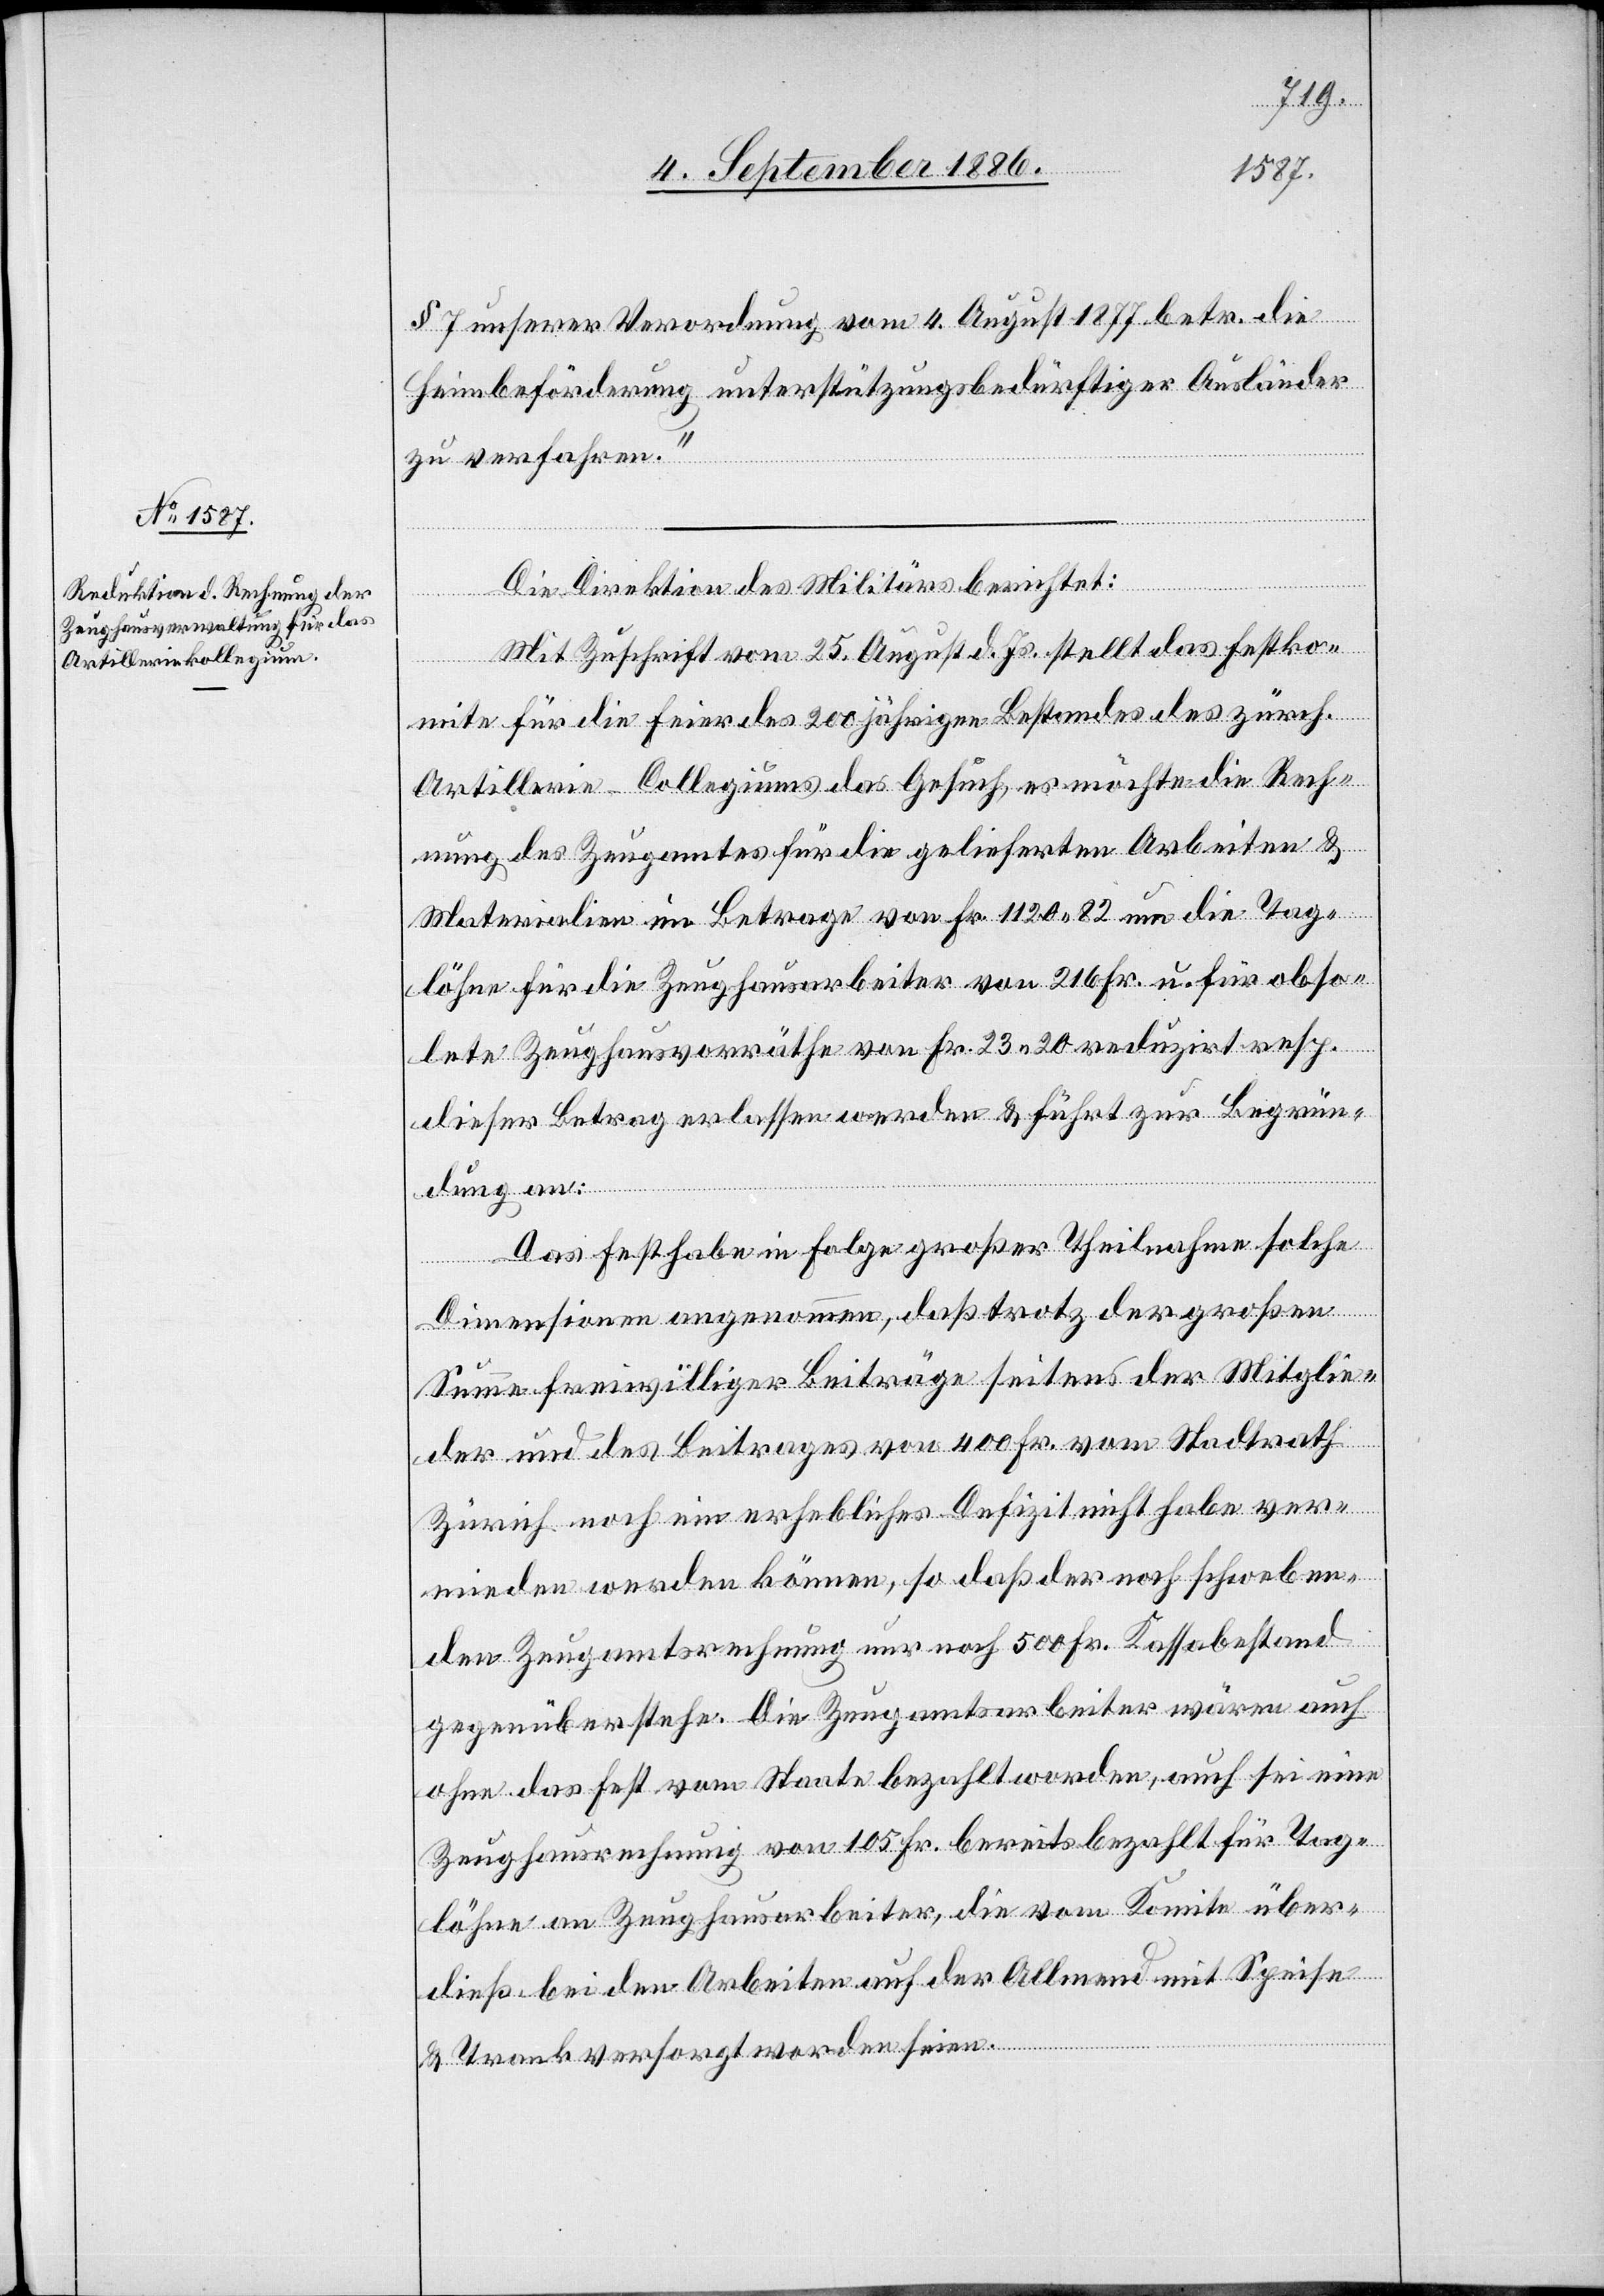
§ 7 unserer Verordnung vom 4. August 1877 betr. die
Heimbeförderung unterstützungsbedürftiger Ausländer
zu verfahren.“
Die Direktion des Militärs berichtet:
Mit Zuschrift vom 25. August d. Js. stellt das Festko¬
mite für die Feier des 200jährigen Bestandes des zürch.
Artillerie-Collegiums das Gesuch, es möchte die Rech¬
nung des Zeugamtes für die gelieferten Arbeiten &
Materialien im Betrage von Fr. 1120 82 um die Tag¬
löhne für die Zeughausarbeiter von 216 Fr. u. für obso¬
lete Zeughausvorräthe von Fr. 23 20 reduzirt resp.
dieser Betrag erlassen werden & führt zur Begrün¬
dung an:
Das Fest habe in Folge großer Theilnahme solche
Dimensionen angenommen, daß trotz der großen
Summe freiwilliger Beiträge seitens der Mitglie¬
der und des Beitrages von 400 Fr. vom Stadtrath
Zürich noch ein erhebliches Defizit nicht habe ver¬
mieden werden können, so daß der noch schweben¬
den Zeugamtsrechnung nur noch 500 Fr. Kassabestand
gegenüberstehe. Die Zeugamtsarbeiter wären auch
ohne das Fest vom Staate bezahlt worden, auch sei eine
Zeughausrechnung von 105 Fr. bereits bezahlt für Tag¬
löhne an Zeughausarbeiter, die vom Komite über¬
dieß bei den Arbeiten auf der Allmend mit Speise
& Trank versorgt worden seien.